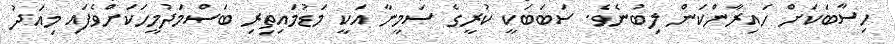
ހިސާބަކަށް ހައިރާންކަން ލިބުނެވެ. ސަބަބަކީ ކުރީގެ ސަމީނާ އަކީ މަޑުމައިތިރި ބަސްމަދުމީހަކަށްވެފައި މިއަދު